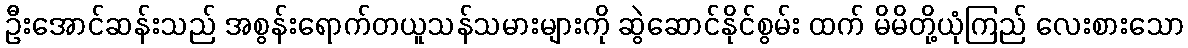
ဦးအောင်ဆန်းသည် အစွန်းရောက်တယူသန်သမားများကို ဆွဲဆောင်နိုင်စွမ်း ထက် မိမိတို့ယုံကြည် လေးစားသော